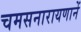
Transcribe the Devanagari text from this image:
चमसनारायणानें